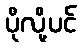
ပိုလို့ပင်